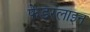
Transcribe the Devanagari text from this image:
फेडरलाइन